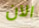
الآن